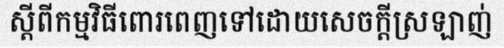
ស្តីពីកម្មវិធីពោរពេញទៅដោយសេចក្តីស្រឡាញ់